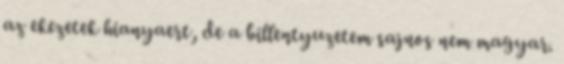
az ekezetek hianyaert, de a billentyuzetem sajnos nem magyar.